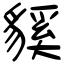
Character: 貕